Madras plague regulations and rules - Volume 1
Disease focus: Plague
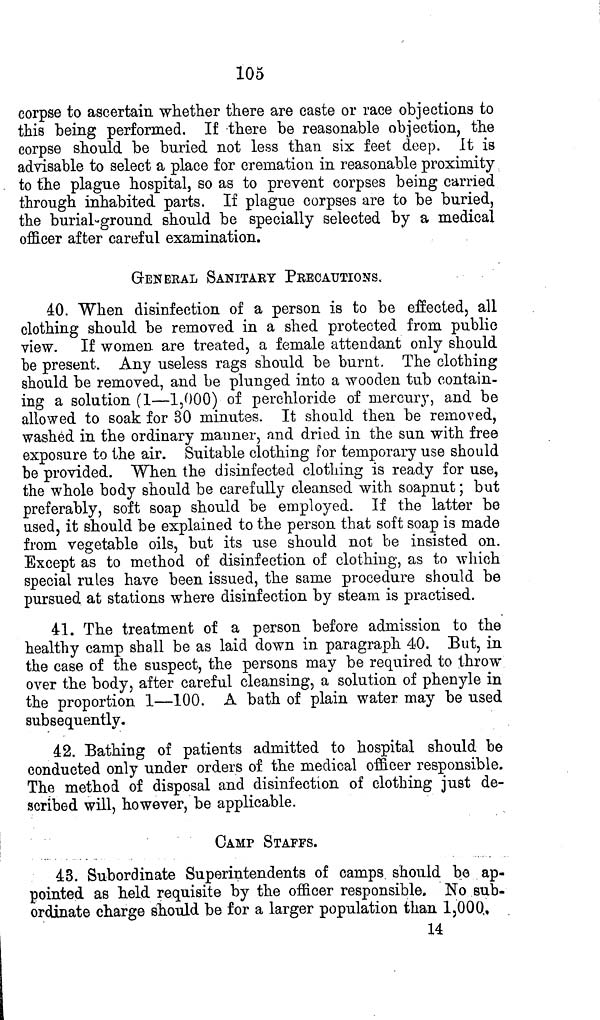
105
corpse to ascertain whether there are caste or race objections to
this being performed. If there be reasonable objection, the
corpse should be buried not less than six feet deep. It is
advisable to select a place for cremation in reasonable proximity
to the plague hospital, so as to prevent corpses being carried
through inhabited parts. If plague corpses are to be buried,
the burial-ground should be specially selected by a medical
officer after careful examination.
GENERAL SANITARY PRECAUTIONS.
40. When disinfection of a person is to be effected, all
clothing should be removed in a shed protected from public
view. If women are treated, a female attendant only should
be present. Any useless rags should be burnt. The clothing
should be removed, and be plunged into a wooden tub contain-
ing a solution (1—1,000) of perehloride of mercury, and be
allowed to soak for 30 minutes. It should then be removed,
washed in the ordinary manner, and dried in the sun with free
exposure to the air. Suitable clothing for temporary use should
be provided. When the disinfected clothing is ready for use,
the whole body should be carefully cleansed with soapnut; but
preferably, soft soap should be employed. If the latter be
used, it should be explained to the person that soft soap is made
from vegetable oils, but its use should not be insisted on.
Except as to method of disinfection of clothing, as to which
special rules have been issued, the same procedure should be
pursued at stations where disinfection by steam is practised.
41. The treatment of a person before admission to the
healthy camp shall be as laid down in paragraph 40. But, in
the case of the suspect, the persons may be required to throw
over the body, after careful cleansing, a solution of phenyle in
the proportion 1—100. A bath of plain water may be used
subsequently.
42. Bathing of patients admitted to hospital should be
conducted only under orders of the medical officer responsible.
The method of disposal and disinfection of clothing just de-
scribed will, however, be applicable.
CAMP STAFFS.
43. Subordinate Superintendents of camps should be ap-
pointed as held requisite by the officer responsible. No sub-
ordinate charge should be for a larger population than 1,000.
14